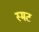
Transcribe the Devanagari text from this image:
स्मट